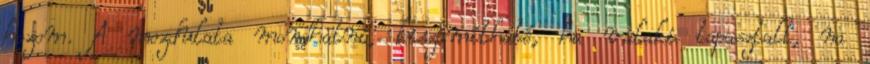
hozom. A mozdulata mondhatni, kiszámítható, ha valaki tapasztalt, na